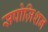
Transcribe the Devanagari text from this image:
सपोज़िशन